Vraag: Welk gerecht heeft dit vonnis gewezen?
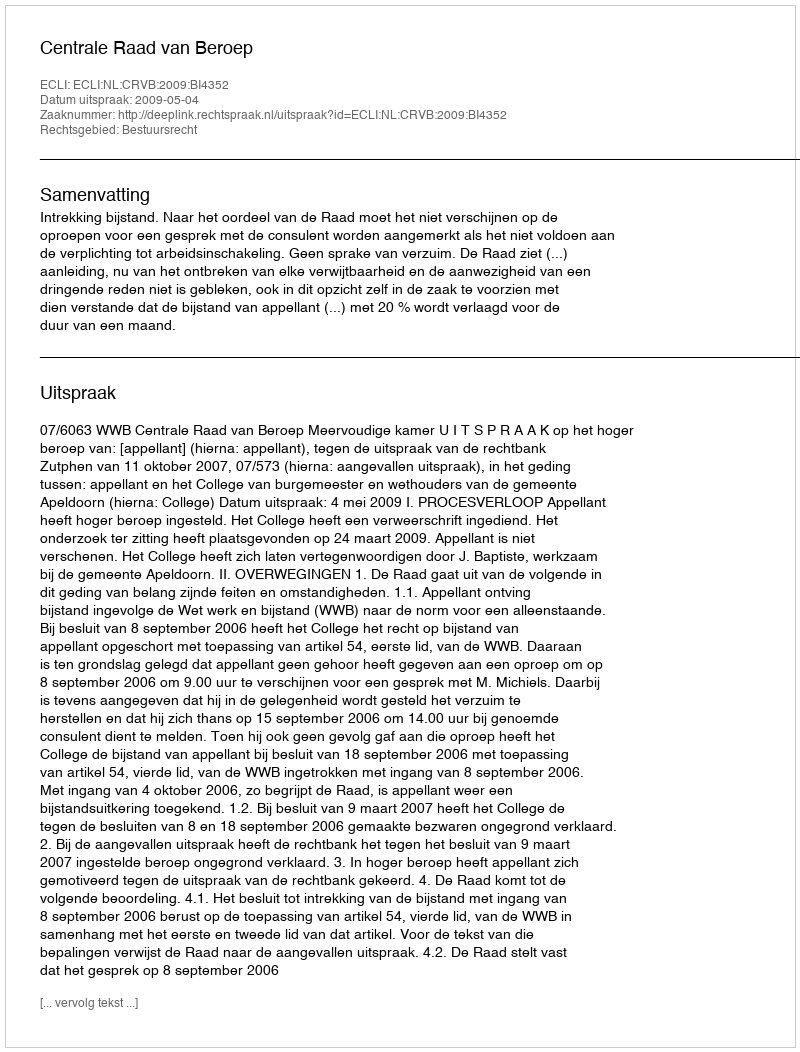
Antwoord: Centrale Raad van Beroep